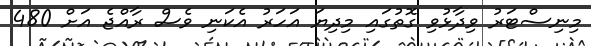
މިނިސްޓަރު ވިދާޅުވި ގޮތުގައި މިދިޔަ އަހަރު އެކަނި ވެސް ރާއްޖެ އަށް 480